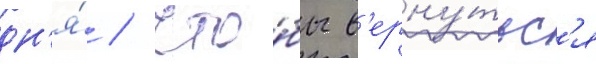
дн'я́ / что́бы в'ерну́тьс'я